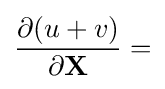
{\frac {\partial (u+v)}{\partial \mathbf {X} }}=